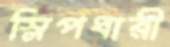
স্লিপধারী